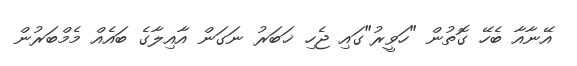
އޭނާއާ ބެހޭ ގޮތުން "ހަވީރު"ގައި ޖެހި ޚަބަރު ނަގަން އާއިލާގެ ބައެއް މެމްބަރުން